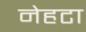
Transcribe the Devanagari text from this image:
नेहटा